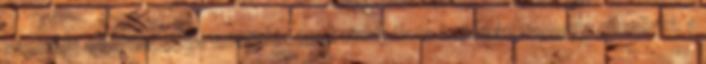
személy a berendezés mûködésének vizsgálata kapcsán naponta ellenõrzi: a